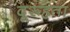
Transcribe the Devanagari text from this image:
दूरूहता